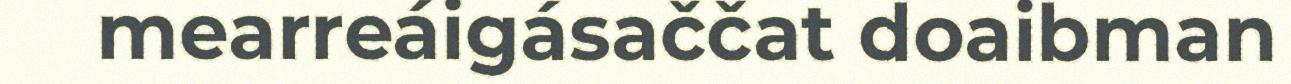
mearreáigásaččat doaibman